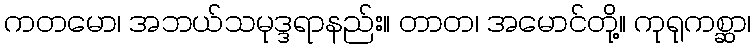
ကတမော၊ အဘယ်သမုဒ္ဒရာနည်း။ တာတ၊ အမောင်တို့။ ကုရုကစ္ဆာ၊